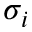
\sigma _ { i }